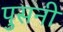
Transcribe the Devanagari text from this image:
पुसनी